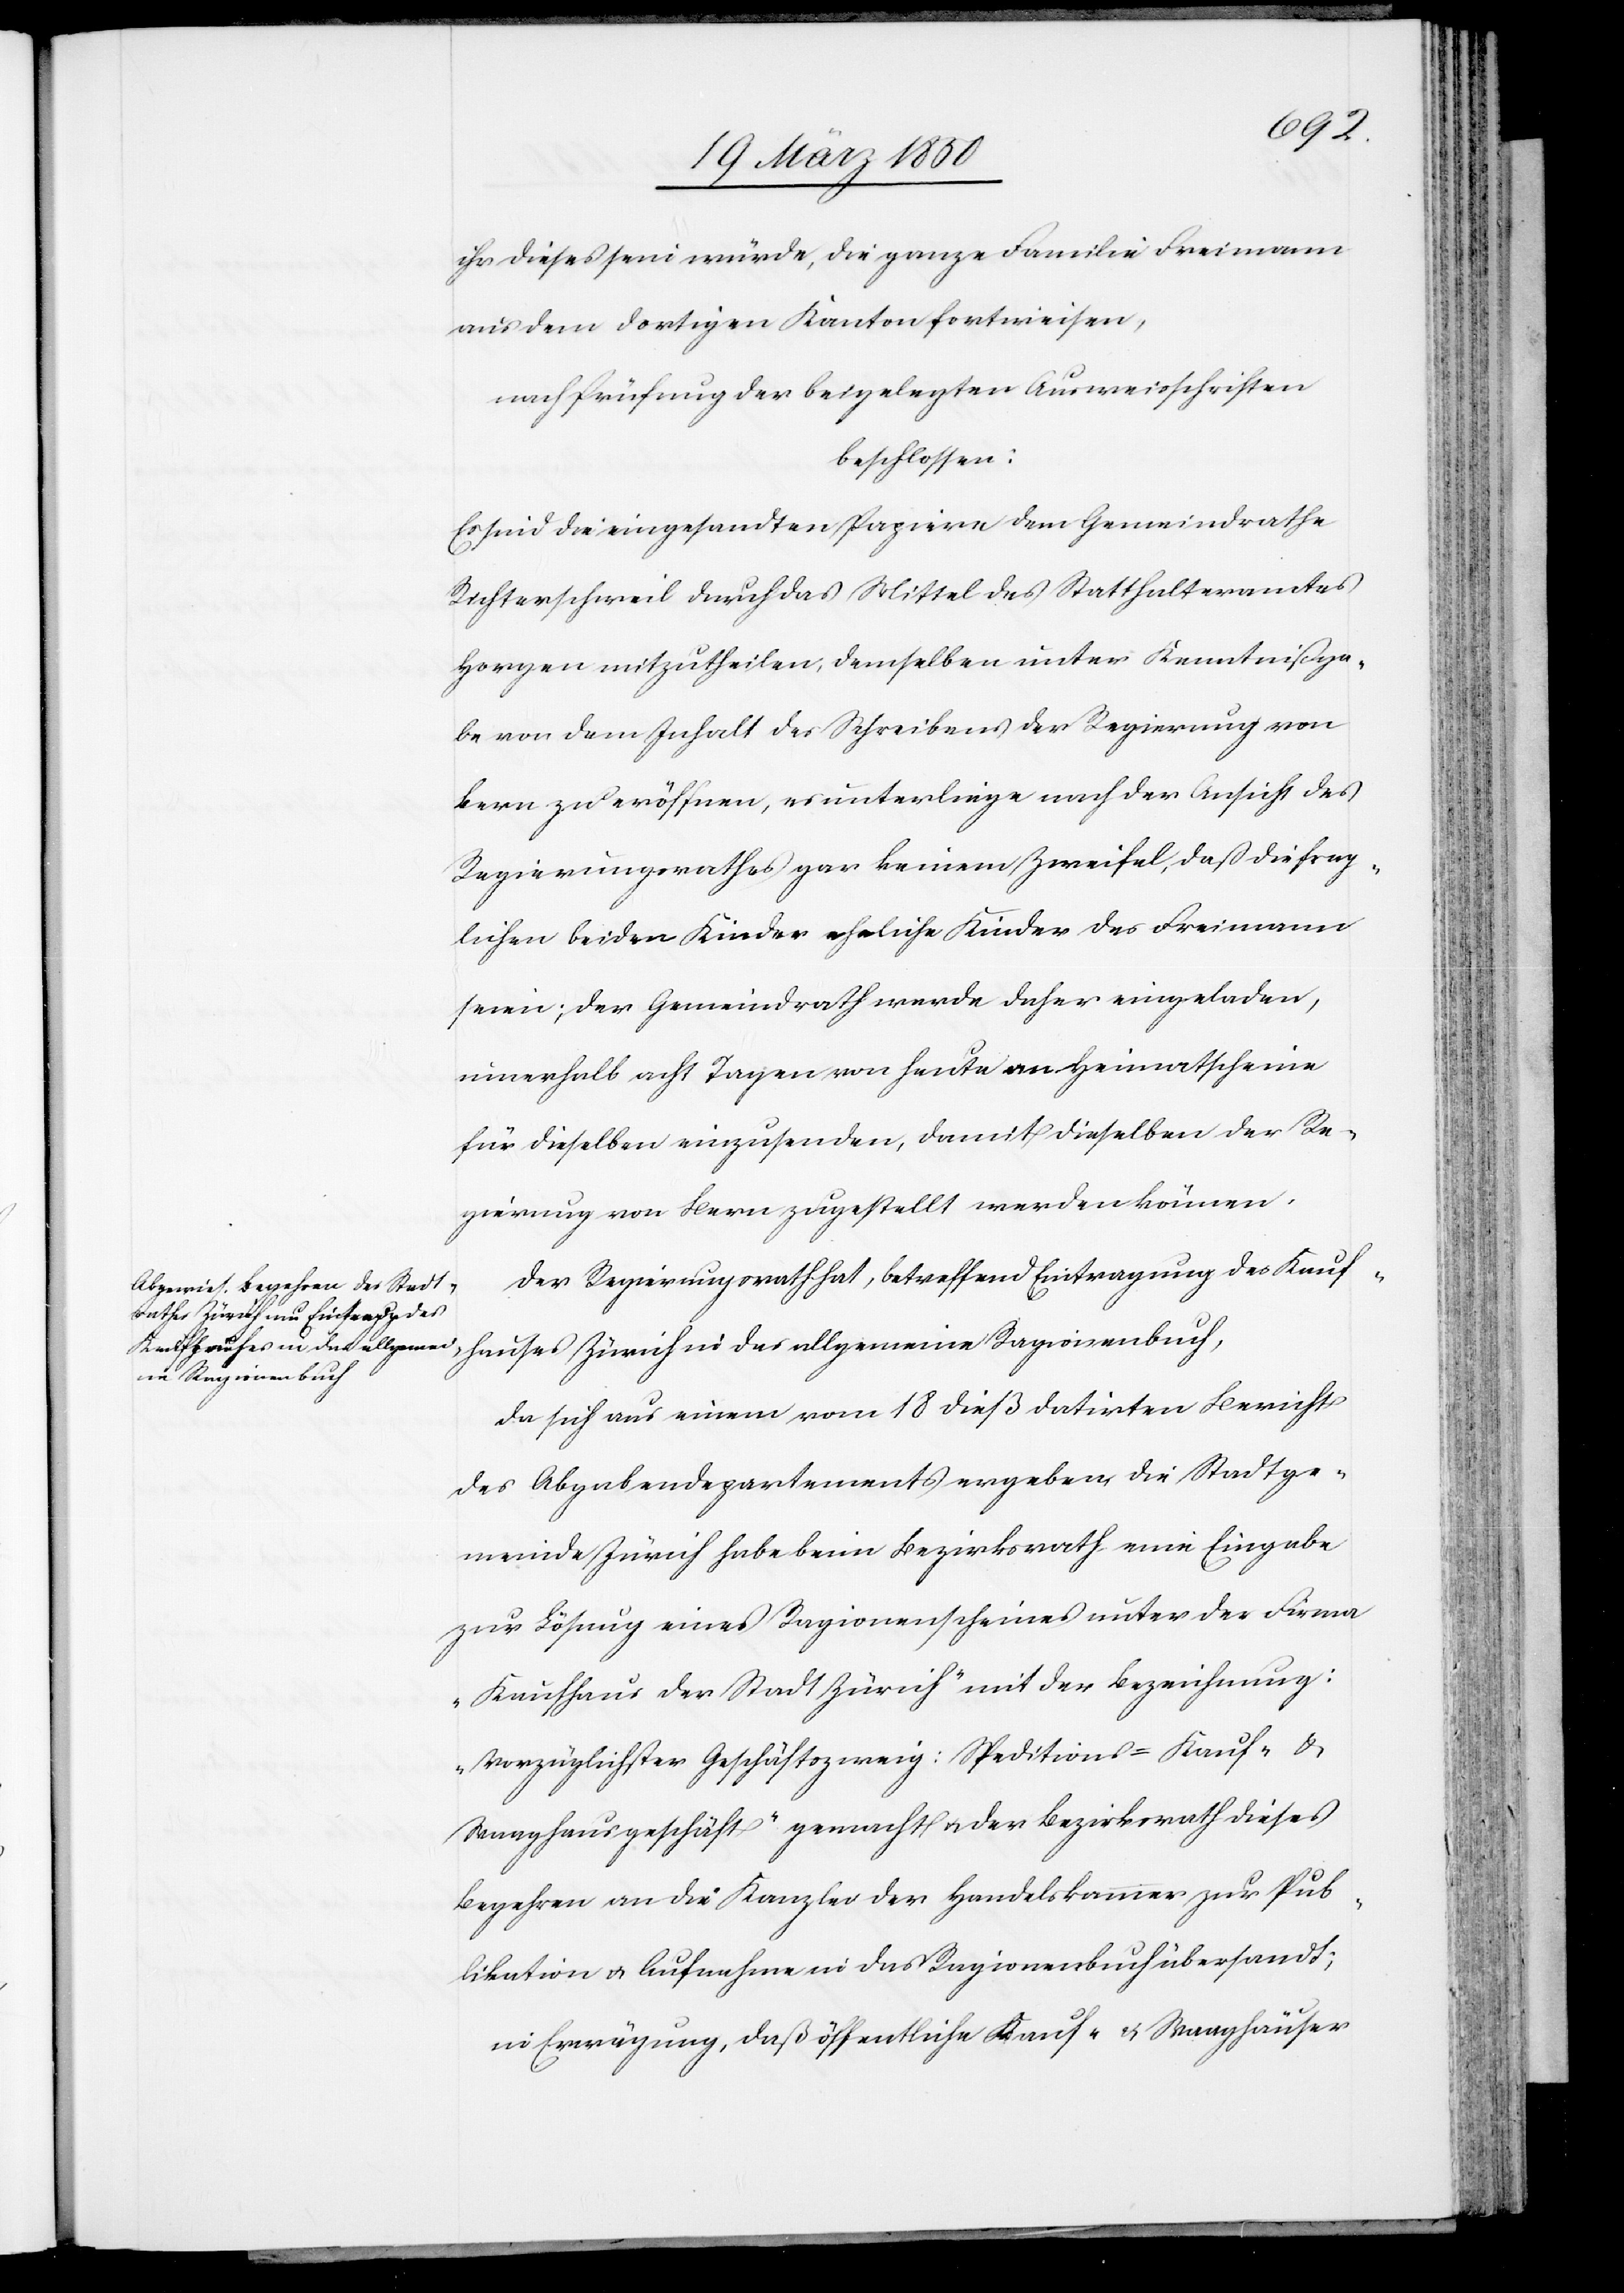
allgeme¬
ihr dieses sein würde, die ganze Familie Freimann
aus dem dortigen Kanton fortweisen,
nach Prüfung der beigelegten Ausweisschriften
beschlossen:
Es sind die eingesandten Papiere dem Gemeindrathe
Richterschweil durch das Mittel des Statthalteramtes
Horgen mitzutheilen, demselben unter Kenntnißga¬
be von dem Inhalt des Schreibens der Regierung von
Bern zu eröffnen, es unterliege nach der Ansicht des
Regierungsrathes gar keinem Zweifel, daß die frag¬
lichen beiden Kinder eheliche Kinder des Freimann
seien; der Gemeindrath werde daher eingeladen,
innerhalb acht Tagen von heute an Heimatscheine
für dieselben einzusenden, damit dieselben der Re¬
gierung von Bern zugestellt werden können.
Der Regierungsrath hat, betreffend Eintragung des Kauf¬
ine Ragionenbuch,
da sich aus einem vom 18 dieß datirten Bericht
des Abgabendepartements ergeben, die Stadtge¬
meinde Zürich habe beim Bezirksrath eine Eingabe
zur Lösung eines Ragionenscheines unter der Firma
„Kaufhaus der Stadt Zürich“ mit der Bezeichnung:
„Vorzüglichster Geschäftszweig: Speditions- Kauf- &
Waaghausgeschäft“ gemacht u. der Bezirksrath dieses
Begehren an die Kanzlei der Handelskammer zur Pub¬
likation u. Aufnahme in das Ragionenbuch übersandt;
in Erwägung, daß öffentliche Kauf- u. Waaghäuser